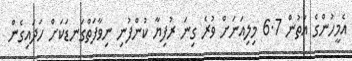
އެމީހުންގެ އަތުން 6.7 މިލިއަނަށް ވުރެ ގިނަ ރުފިޔާ ކުންފުނި ނިވާފަތްގަނޑަކަށް ހަދައިގެން